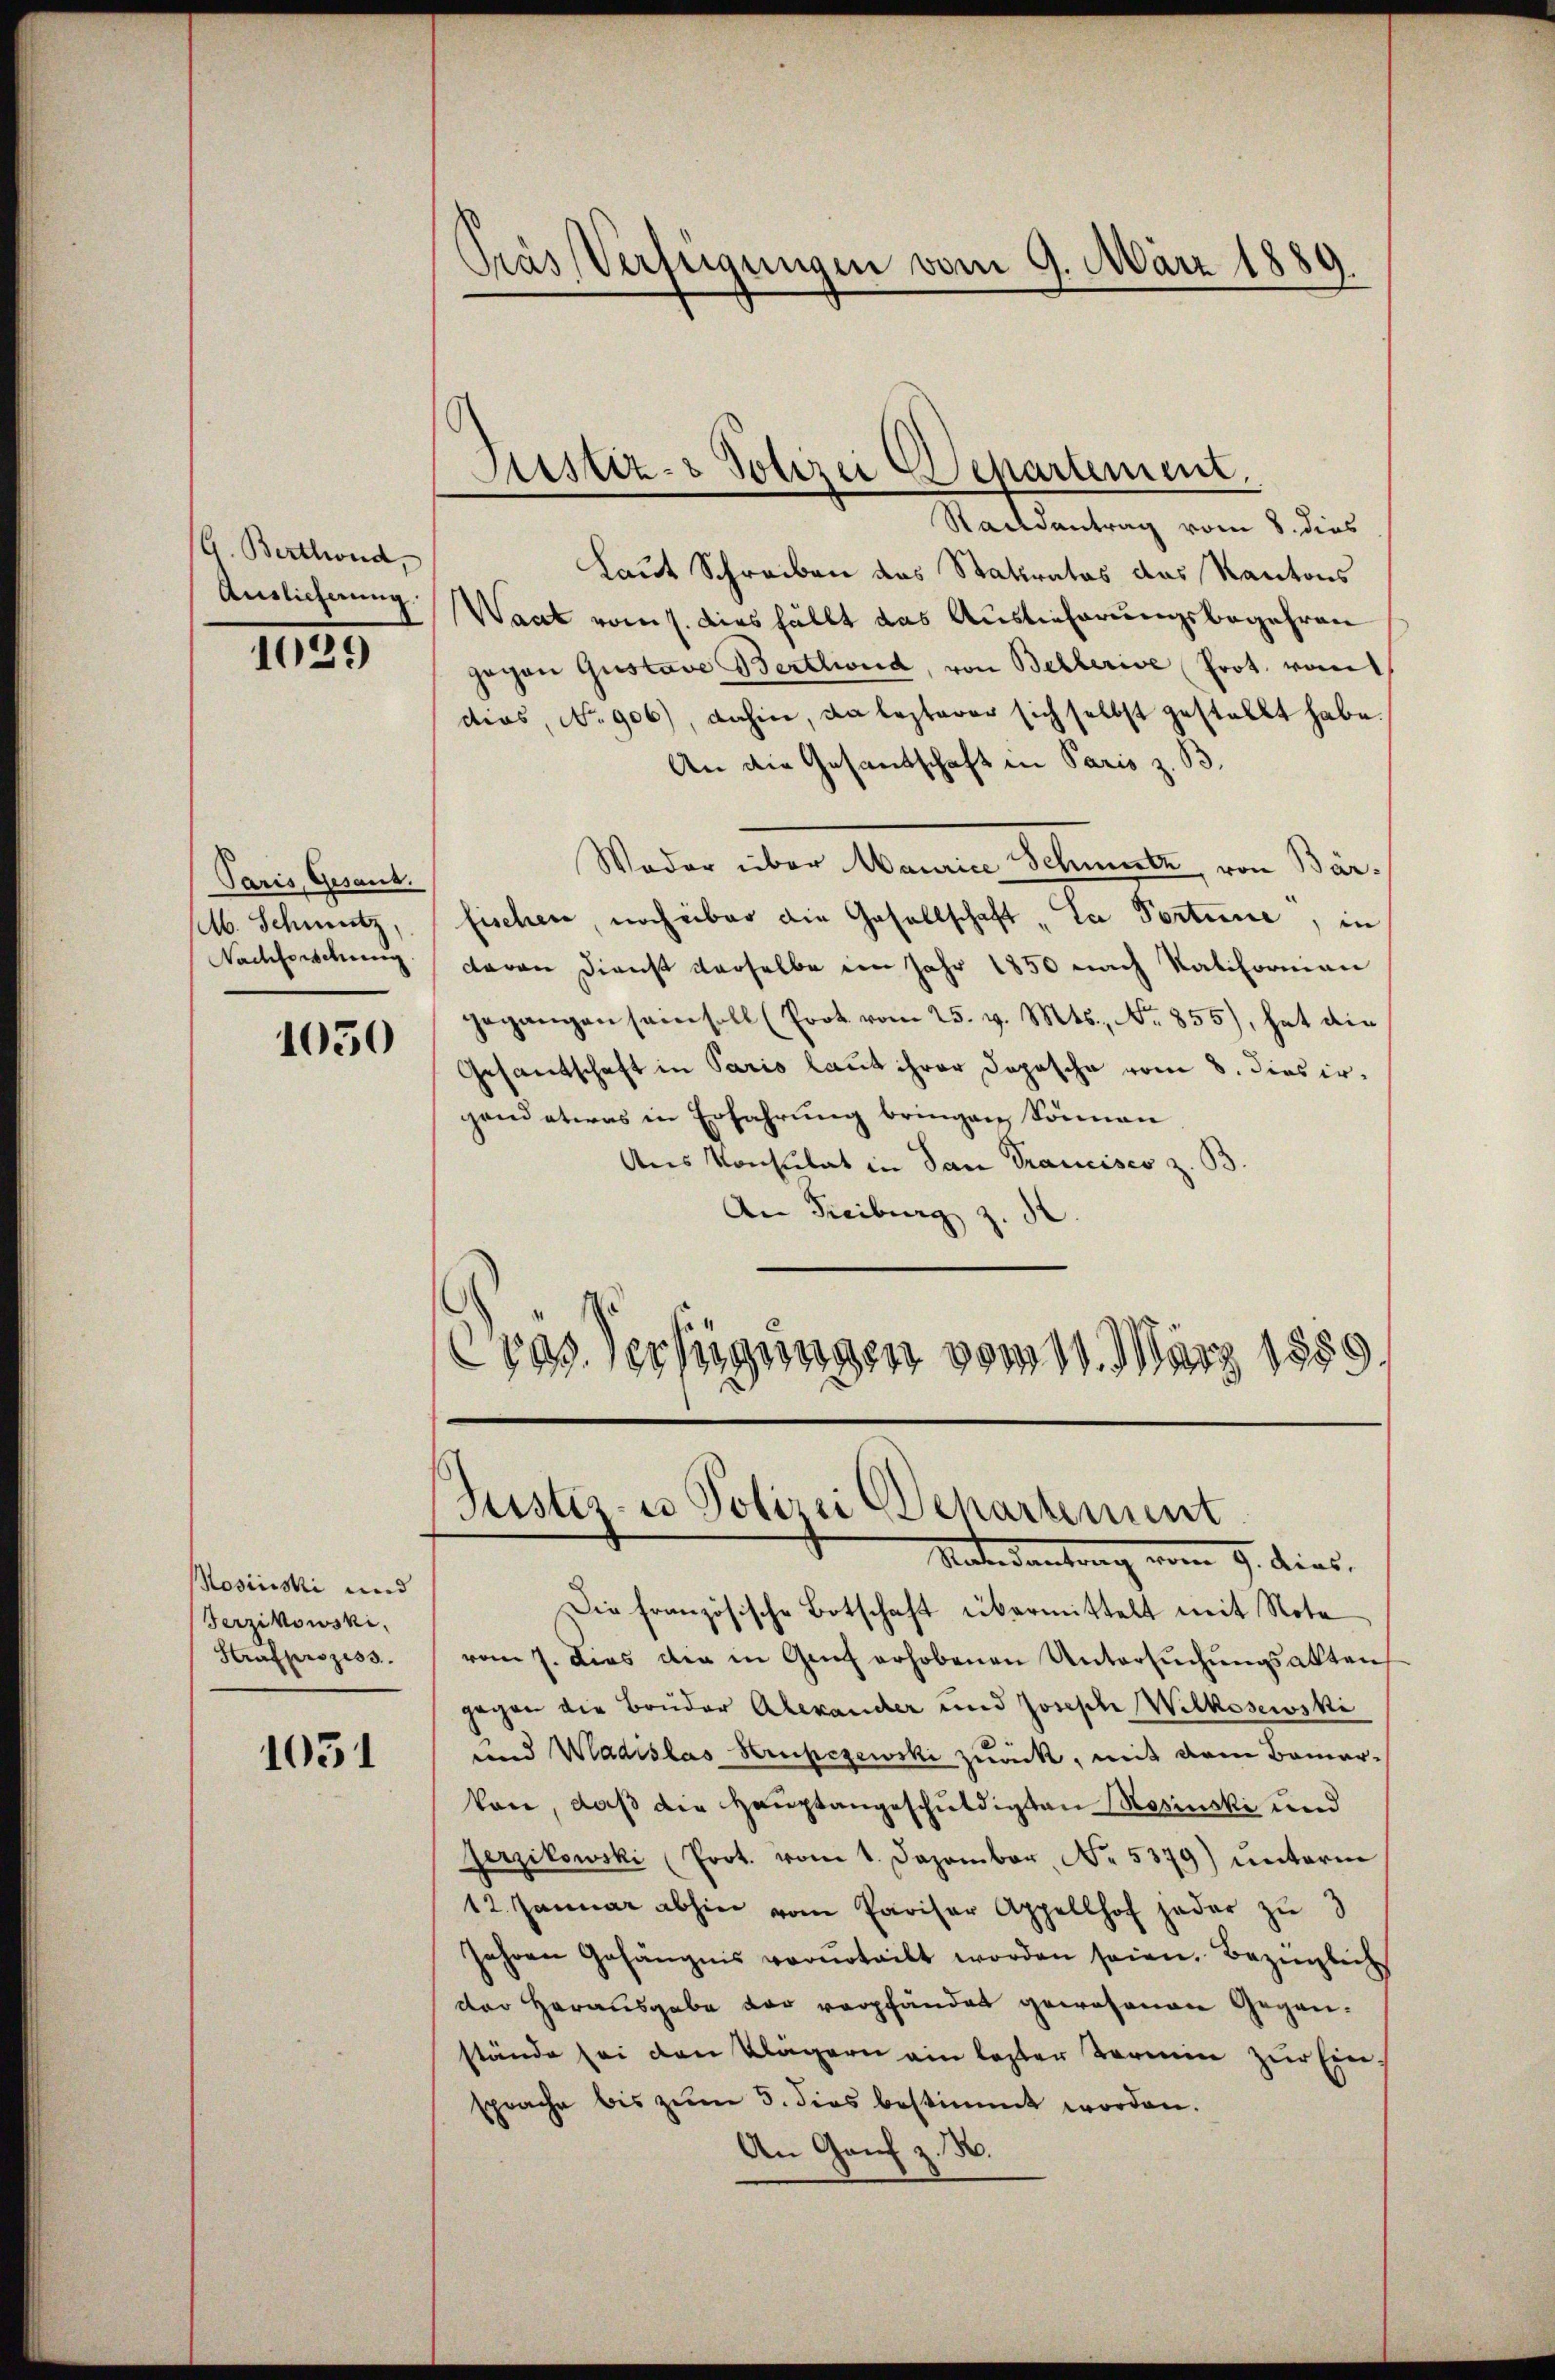
G. Berthond
Auslieferung

1029

Paris, Gesand.
M. Schmutz,
Nachforschung

1050

Rosinski und
Berzikowski,
Strafprozess

1051

Pras Verfügungen vom 9. März 1889.

Sistiz- & Polizei Departement.

Staatsantrag vom 8. dies
Laut Schreiben das Staktratos das Kantons
Waat vom 1. diesfällt das Auslieferungsbegehren
gegen Gustave Bertlweid, von Bellerive Prot. vom
dias, No. 906), dahin, da lezterer sich selbst gestellt habe.
An die Gesandtschaft in Paris z. B.
Woder über Maurice Schmutz von Bärfischen, noch über die Gesellschaft „La Portune, in
davon Dienst derselbe im Jahr 1850 nach Ratifornian
gegangen sam soll (Prot. vom 25. v. Mts., No 855), hat die
Gesandtschaft in Paris laut ihrer Dopasche vom 8. dies ir
gend etwas in Erfahrung bringen Sonnen
Aus Konsulat in San Francisco z. B
An Freiburg z. St
Cras. erfügungen vom 11. März 1889

Justiz- u Polizei Departement
Materdentrag vom 9. dies

Die französische Botschaft übermittelt mit Nota
vom 7. Dies der in Genf erhobenen Untersuchungsakten,
gegen die Bruder Alexander und Joseph Wilkosewski
und Wadislas Krupezewski zuack, mit dem Bemerkan, daß die Hauptangeschuldigten Rosinski und
Gerzikowski (Prot. vom 1. Dezember Nr. 5379) ŭnterm
12. Januar abhin vom Pariser Appellhof jeder zu 3
Jahren Gefängnis verurteilt worden seien. Bezinglichs
der Herausgabe der verpfändet gewesenen Gegenstände sei den Klägern ein lezter Termin zur Ein
sprache bis zum 3. dies bestimmt worden.
An Genf z. B.